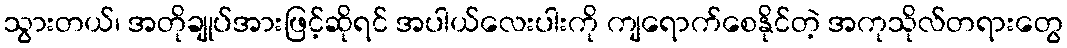
သွားတယ်၊ အတိုချုပ်အားဖြင့်ဆိုရင် အပါယ်လေးပါးကို ကျရောက်စေနိုင်တဲ့ အကုသိုလ်တရားတွေ